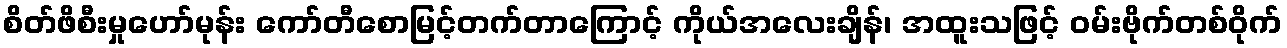
စိတ်ဖိစီးမှုဟော်မုန်း ကော်တီစောမြင့်တက်တာကြောင့် ကိုယ်အလေးချိန်၊ အထူးသဖြင့် ဝမ်းဗိုက်တစ်ဝိုက်